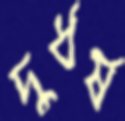
দুর্ধর্ষ